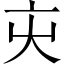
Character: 㐪